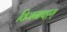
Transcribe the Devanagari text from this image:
विजगापट्टम्